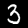
Digit: 3